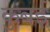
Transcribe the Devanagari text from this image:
कुबई